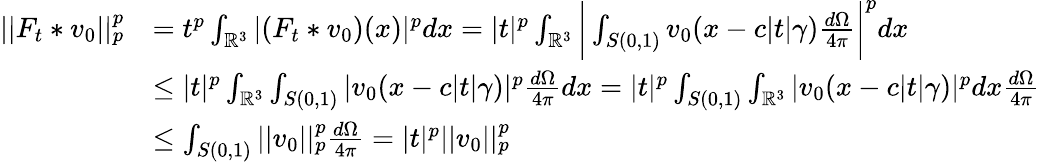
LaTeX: \begin{array}{rl}{||F_{t}*v_{0}||_{p}^{p}}&{=t^{p}\int_{\mathbb{R}^{3}}|(F_{t}*v_{0})(x)|^{p}dx=|t|^{p}\int_{\mathbb{R}^{3}}\bigg|\int_{S(0,1)}v_{0}(x-c|t|\gamma)\frac{d\Omega}{4\pi}\bigg|^{p}dx}\\ &{\leq|t|^{p}\int_{\mathbb{R}^{3}}\int_{S(0,1)}|v_{0}(x-c|t|\gamma)|^{p}\frac{d\Omega}{4\pi}dx=|t|^{p}\int_{S(0,1)}\int_{\mathbb{R}^{3}}|v_{0}(x-c|t|\gamma)|^{p}dx\frac{d\Omega}{4\pi}}\\ &{\leq\int_{S(0,1)}||v_{0}||_{p}^{p}\frac{d\Omega}{4\pi}=|t|^{p}||v_{0}||_{p}^{p}}\end{array}